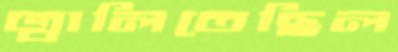
জ্বালিতেছিল